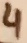
Text: 4